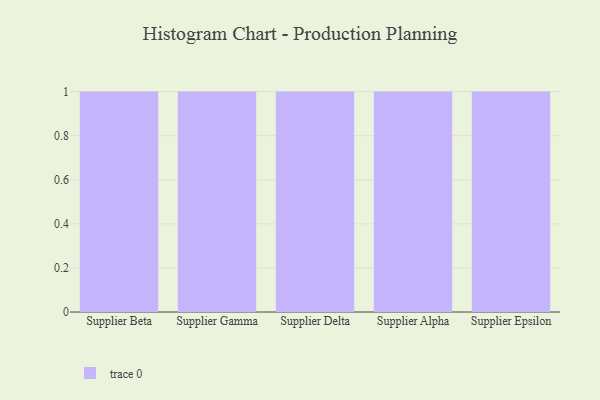
{"axis": {"x": "Supplier", "y": "Shipments"}, "legend": [""], "data": [{"x": "Supplier Beta", "y": 47, "type": ""}, {"x": "Supplier Gamma", "y": 4, "type": ""}, {"x": "Supplier Delta", "y": 27, "type": ""}, {"x": "Supplier Alpha", "y": 14, "type": ""}, {"x": "Supplier Epsilon", "y": 68, "type": ""}]}